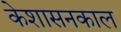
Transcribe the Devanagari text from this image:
केशासनकाल